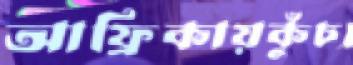
আফ্রিকায়কুঁচ